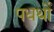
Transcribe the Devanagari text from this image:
पधर्थों